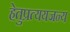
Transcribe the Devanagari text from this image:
हेतुप्रत्ययजन्य